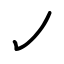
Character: ㇢